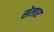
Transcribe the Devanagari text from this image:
सेलार